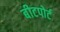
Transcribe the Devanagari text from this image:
बीटपोर्ट